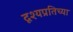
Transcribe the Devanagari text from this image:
दृश्यप्रतिच्या